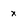
Character: x